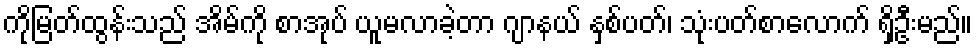
ကိုမြတ်ထွန်းသည် အိမ်ကို စာအုပ် ယူမလာခဲ့တာ ဂျာနယ် နှစ်ပတ်၊ သုံးပတ်စာလောက် ရှိဦးမည်။